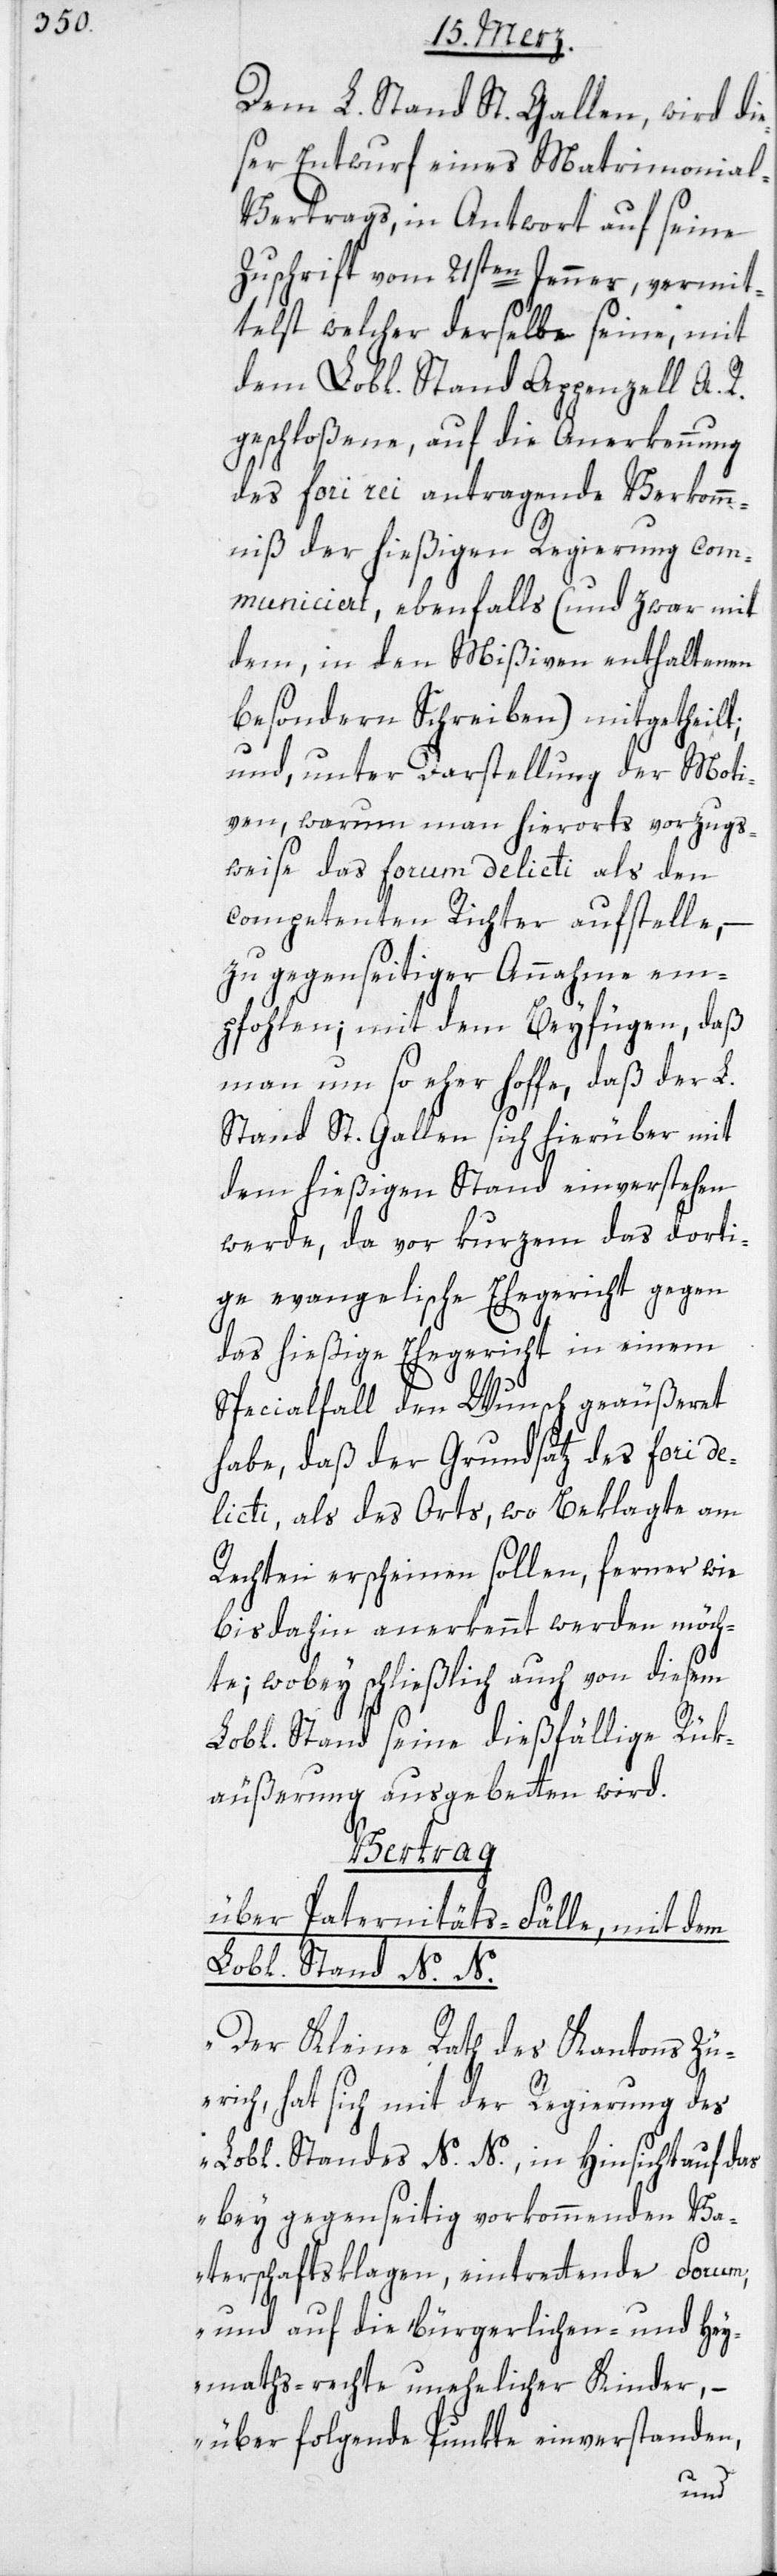
Dem L. Stand St. Gallen wird die¬
ser Entwurf eines Matrimonia¬
l-Vertrags, in Antwort auf seine
Zuschrift vom 21sten Jenner, vermit¬
telst welcher derselbe seine, mit
dem Lobl. Stand Appenzell A. R.
geschloßene, auf die Anerkennung
des fori rei antragende Verkomm¬
niß der hießigen Regierung com¬
municiert, ebenfalls (und zwar mit
dem, in den Mißiven enthaltenen
besondern Schreiben) mitgetheilt;
und, unter Darstellung der Moti¬
ven, warum man hierorts vorzugs¬
weise das forum delicti als den
comptetenten Richter aufstelle,
zu gegenseitiger Annahme em¬
pfohlen; mit dem Beyfügen, daß
man um so eher hoffe, daß der L.
Stand St. Gallen sich hierüber mit
dem hießigen Stand einverstehen
werde, da vor kurzem das dorti¬
ge evangelische Ehegericht gegen
das hießige Ehegericht in einem
Specialfall den Wunsch geäußeret
habe, daß der Grundsatz des fori de¬
licti, als des Orts, wo Beklagte am
Rechten erscheinen sollen, ferner wie
bis anhin anerkennt werden möch¬
te; wobey schließlich auch von diesem
Lobl. Stand seine dießfällige Rük¬
äußerung ausgebetten wird.
Vertrag
über Paternitäts-Fälle, mit dem
Lobl. Stand N. N.
„Der Kleine Rath des Kantons Zü¬
rich, hat sich mit der Regierung des
Lobl. Standes N. N., in Hinsicht auf das
bey gegenseitig vorkommenden Va¬
terschaftsklagen, eintrettende Forum,
und auf die bürgerlichen- und Hey¬
maths-rechte unehelicher Kinder, –
über folgende Punkte einverstanden,